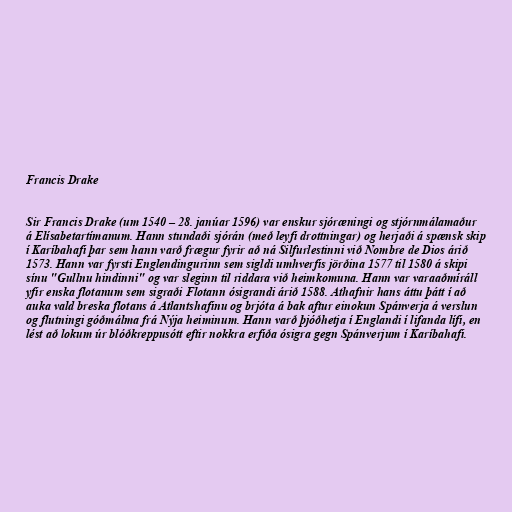
Francis Drake

Sir Francis Drake (um 1540 – 28. janúar 1596) var enskur sjóræningi og stjórnmálamaður
á Elísabetartímanum. Hann stundaði sjórán (með leyfi drottningar) og herjaði á spænsk skip
í Karíbahafi þar sem hann varð frægur fyrir að ná Silfurlestinni við Nombre de Dios árið
1573. Hann var fyrsti Englendingurinn sem sigldi umhverfis jörðina 1577 til 1580 á skipi
sínu "Gullnu hindinni" og var sleginn til riddara við heimkomuna. Hann var varaaðmíráll
yfir enska flotanum sem sigraði Flotann ósigrandi árið 1588. Athafnir hans áttu þátt í að
auka vald breska flotans á Atlantshafinu og brjóta á bak aftur einokun Spánverja á verslun
og flutningi góðmálma frá Nýja heiminum. Hann varð þjóðhetja í Englandi í lifanda lífi, en
lést að lokum úr blóðkreppusótt eftir nokkra erfiða ósigra gegn Spánverjum í Karíbahafi.